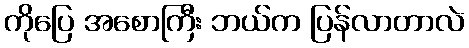
ကိုပြေ အစောကြီး ဘယ်က ပြန်လာတာလဲ